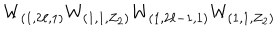
W _ { ( 1 , 2 \ell , 1 ) } W _ { ( 1 , 1 , Z _ { 2 } ) } W _ { ( 1 , 2 \ell - 1 , 1 ) } W _ { ( 1 , 1 , Z _ { 2 } ) }